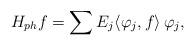
LaTeX: \begin{align*}H_{ph}f=\sum{E}_j \langle \varphi_j, f\rangle\,\varphi_j, \end{align*}